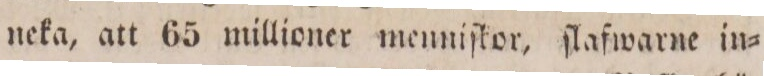
neka, att 65 millioner menniſtor, ſlafwarne in=